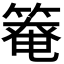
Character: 𫂑